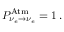
P _ { \nu _ { e } \to \nu _ { e } } ^ { \mathrm { A t m } } = 1 \, .